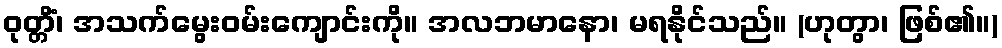
ဝုတ္တိံ၊ အသက်မွေးဝမ်းကျောင်းကို။ အလဘမာနော၊ မရနိုင်သည်။ (ဟုတွာ၊ ဖြစ်၏။)